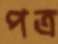
পত্র